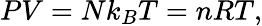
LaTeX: PV=Nk_{B}T=nRT,